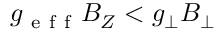
g _ { \mathrm { ~ e ~ f ~ f ~ } } B _ { Z } < g _ { \perp } B _ { \perp }